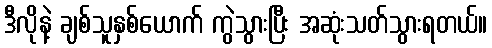
ဒီလိုနဲ့ ချစ်သူနှစ်ယောက် ကွဲသွားပြီး အဆုံးသတ်သွားရတယ်။